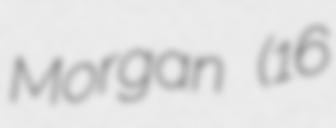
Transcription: Morgan (16